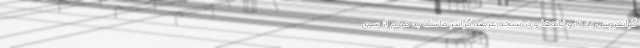
گرانفروشی به داروخانه‌ها و در نتیجه عرضه گرانتر ماسک به مردم از سوی